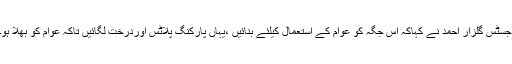
جسٹس گلزار احمد نے کہاکہ اس جگہ کو عوام کے استعمال کیلئے بنائیں ،یہاں پارکنگ پلاٹس اوردرخت لگائیں تاکہ عوام کو بھلا ہو۔